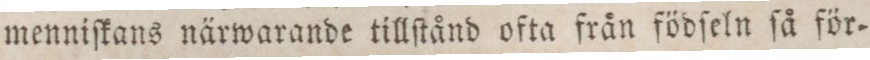
menniſkans närwarande tillſtånd ofta från födſeln ſå för=